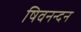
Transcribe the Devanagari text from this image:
षिवनन्दन